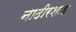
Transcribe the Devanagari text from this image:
नादीरशाह